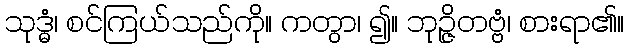
သုဒ္ဓံ၊ စင်ကြယ်သည်ကို။ ကတွာ၊ ၍။ ဘုဉ္ဇိတဗ္ဗံ၊ စားရာ၏။